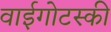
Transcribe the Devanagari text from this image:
वाईगोटस्की